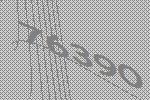
76390